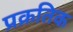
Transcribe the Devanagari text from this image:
प्रक्रतिक